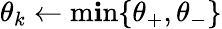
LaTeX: \theta_{k}\gets\operatorname*{m\mathbf{i}n}\{ \theta_{+},\theta_{-}\}